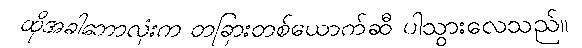
ထိုအခါဘောလုံးက တခြားတစ်ယောက်ဆီ ပါသွားလေသည်။